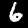
Label: 6